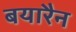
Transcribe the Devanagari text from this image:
बयारैन